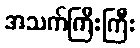
အသက်ကြီးကြီး